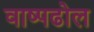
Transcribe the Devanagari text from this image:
वाष्पढोल